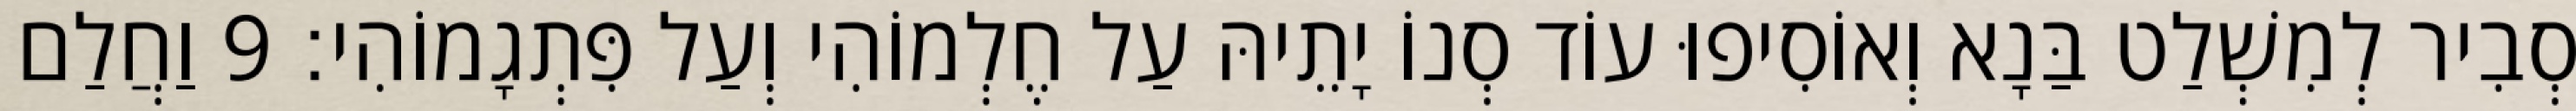
סְבִיר לְמִשְׁלַט בַּנָא וְאוֹסִיפוּ עוֹד סְנוֹ יָתֵיהּ עַל חֶלְמוֹהִי וְעַל פִּתְגָמוֹהִי׃ 9 וַחֲלַם